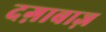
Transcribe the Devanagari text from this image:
दग़ाबाज़